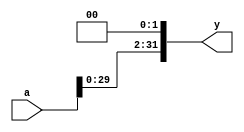
`timescale 1ns / 1ps
//////////////////////////////////////////////////////////////////////////////////
// Company: 
// Engineer: 
// 
// Design Name: 
// Module Name: sl2
// Project Name: 
// Target Devices: 
// Tool Versions: 
// Description: 
// 
// Dependencies: 
// 
// Revision:
// Revision 0.01 - File Created
// Additional Comments:
// 
//////////////////////////////////////////////////////////////////////////////////


module sl2 #(
    parameter WIDTH = 32
)(
    input  wire [WIDTH-1:0] a,
    output wire [WIDTH-1:0] y
);

assign y = {a[WIDTH-3:0], 2'b00};

endmodule